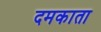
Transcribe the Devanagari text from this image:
दमकाता